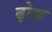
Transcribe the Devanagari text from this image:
ढ़ोक़